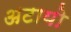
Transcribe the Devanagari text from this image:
अटायो